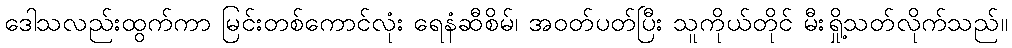
ဒေါသလည်းထွက်ကာ မြင်းတစ်ကောင်လုံး ရေနံဆီစိမ်၊ အဝတ်ပတ်ပြီး သူကိုယ်တိုင် မီးရှို့သတ်လိုက်သည်။